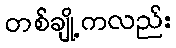
တစ်ချို့ကလည်း